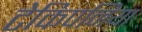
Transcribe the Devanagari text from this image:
टेकिपनिया